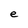
Character: e